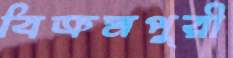
বিক্রমপুরী